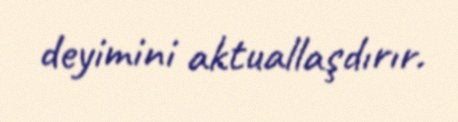
deyimini aktuallaşdırır.